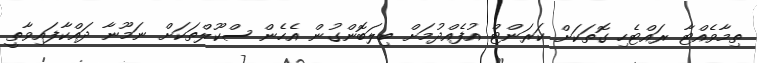
ތިމާވެއްޓާ ރައްޓެހި ގޮތަކަށް ކަރަންޓް އުފެއްދުމަށް ބިލަބޮންގުން އެހެން ސްކޫލްތަކަށް ނަމޫނާ ދައްކާފައިވާތީ